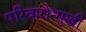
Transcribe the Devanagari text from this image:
परिवारोन्मुखी